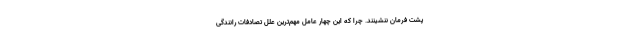
پشت فرمان ننشینند. چرا که این چهار عامل مهم‌ترین علل تصادفات رانندگی